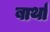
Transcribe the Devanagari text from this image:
बार्था